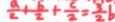
\frac { a } { 2 } + \frac { b } { 2 } + \frac { c } { 2 } = \frac { 3 } { 2 } b